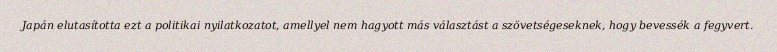
Japán elutasította ezt a politikai nyilatkozatot, amellyel nem hagyott más választást a szövetségeseknek, hogy bevessék a fegyvert.